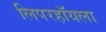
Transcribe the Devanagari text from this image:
लिपरहॉयला